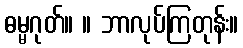
ဓမ္မဂုတ်။ ။ ဘာလုပ်ကြတုန်း။